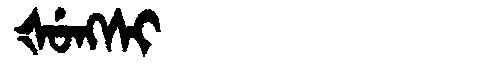
Manchu: ᡧᡠᠩᠰᡳ
Romanization: ŠUNGSI